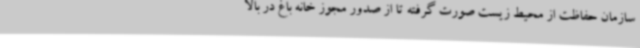
سازمان حفاظت از محیط زیست صورت گرفته تا از صدور مجوز خانه باغ در بالا